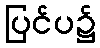
ပြင်ပ၌